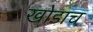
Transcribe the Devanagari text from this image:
खोडाच